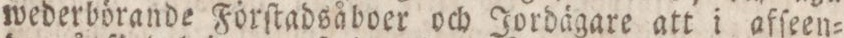
för att